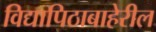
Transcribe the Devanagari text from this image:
विद्यापिठाबाहेरील